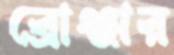
ব্রোঞ্জার